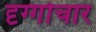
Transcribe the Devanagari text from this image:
दृग्गोचार